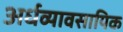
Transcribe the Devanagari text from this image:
अर्धव्यावसायिक